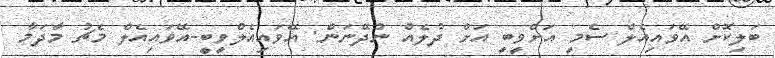
ބަލިކޮށް އޭވައިއެލް ސެމީ އަށްވީބީ އަށް ދުލެއް ނުދޭނަން: އޭވައިއެލްވީބީ-އޭވައިއެލް މެޗު މާދަމާ